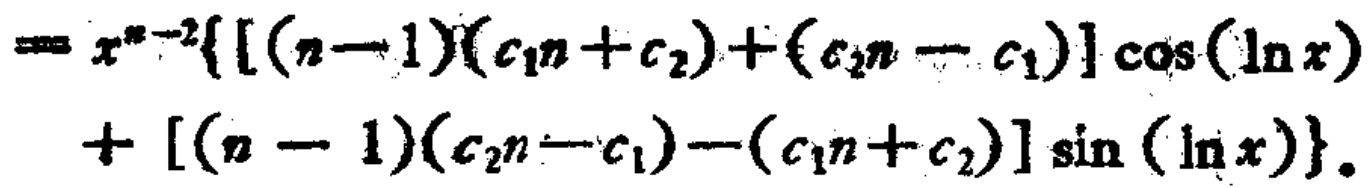
\[
\begin{align*}
=&x^{n - 2}\{[(n - 1)(c_1n + c_2)+(c_2n - c_1)]\cos(\ln x)\\
&+[(n - 1)(c_2n - c_1)-(c_1n + c_2)]\sin(\ln x)\}.
\end{align*}
\]